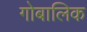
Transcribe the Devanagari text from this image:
गोबालिक